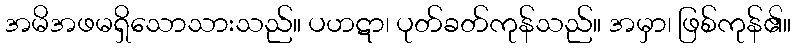
အမိအဖမရှိသောသားသည်။ ပဟဋာ၊ ပုတ်ခတ်ကုန်သည်။ အမှာ၊ ဖြစ်ကုန်၏။